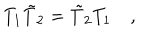
T _ { 1 } \tilde { T } _ { 2 } = \tilde { T } _ { 2 } T _ { 1 } \quad ,